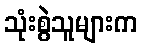
သုံးစွဲသူများက